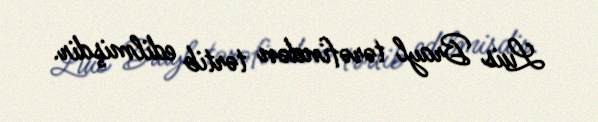
Luis Brayl tərəfindən tərtib edilmişdir.